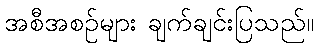
အစီအစဉ်များ ချက်ချင်းပြသည်။